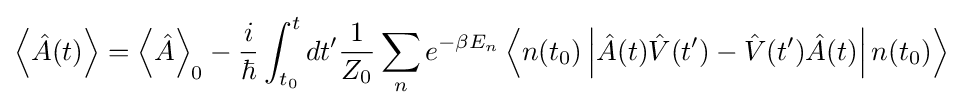
\left\langle {\hat {A}}(t)\right\rangle =\left\langle {\hat {A}}\right\rangle _{0}-{\frac {i}{\hbar }}\int _{t_{0}}^{t}dt'{1 \over Z_{0}}\sum _{n}e^{-\beta E_{n}}\left\langle n(t_{0})\left|{\hat {A}}(t){\hat {V}}{\mathord {\left(t'\right)}}-{\hat {V}}{\mathord {\left(t'\right)}}{\hat {A}}(t)\right|n(t_{0})\right\rangle